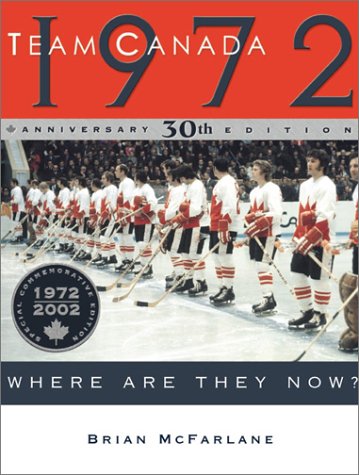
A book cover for Team Canada 1972: Where Are They Now? (Anniversary); Brian McFarlane; Sports & Outdoors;